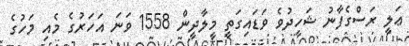
ޢަލީ ރަސްގެފާނު ޝަހީދުވެ ވަޑައިގަތީ މީލާދީން 1558 ވަނަ އަހަރުގެ މެއި މަހުގެ